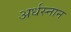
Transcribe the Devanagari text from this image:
अर्धस्नान